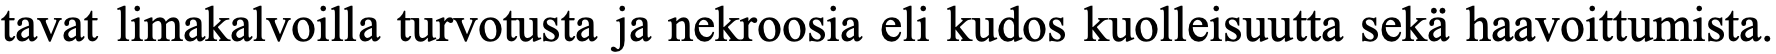
tavat limakalvoilla turvotusta ja nekroosia eli kudos kuolleisuutta sekä haavoittumista.